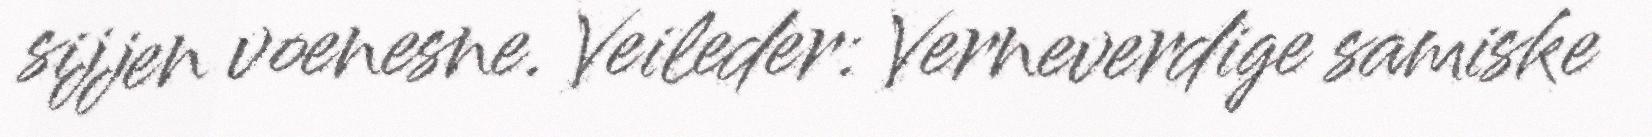
sijjen voenesne. Veileder: Verneverdige samiske